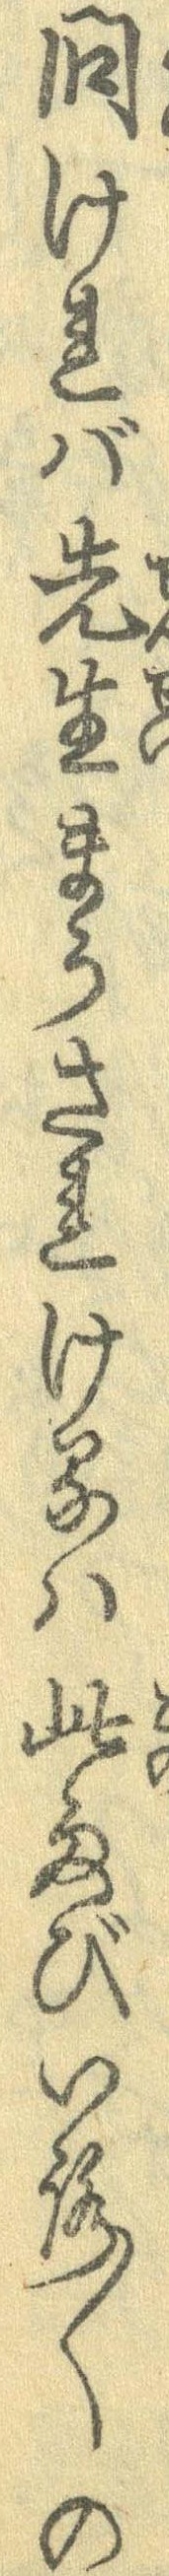
問ければ先生まうされけるは此たびいろ〱の